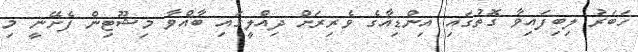
ހަބަރު ލިބިފައިވާ ގޮތުގައި އިންޑިއާގެ ވެރިރަށް ދިއްލީގައި ބާއްވާ މިޝޫޓިން ފެށޭނީ މި